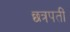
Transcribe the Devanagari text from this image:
छत्रपतीं